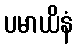
ပမာယိနံ